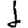
Digit: 1